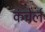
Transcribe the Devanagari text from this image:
कंचेर्ल